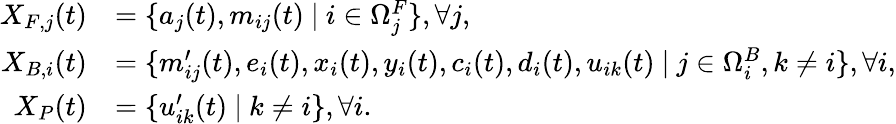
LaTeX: \begin{array}{rl}{X_{F,j}(t)}&{=\{ a_{j}(t),m_{ij}(t)~|~i\in\Omega_{j}^{F}\} ,\forall j,}\\ {X_{B,i}(t)}&{=\{ m_{ij}^{\prime}(t),e_{i}(t),x_{i}(t),y_{i}(t),c_{i}(t),d_{i}(t),u_{ik}(t)~|~j\in\Omega_{i}^{B},k\ne i\} ,\forall i,}\\ {X_{P}(t)}&{=\{ u_{ik}^{\prime}(t)~|~k\ne i\} ,\forall i.}\end{array}